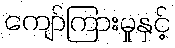
ကျော်ကြားမှုနှင့်